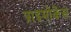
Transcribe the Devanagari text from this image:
प्राइमोकेंस